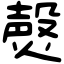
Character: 㷫